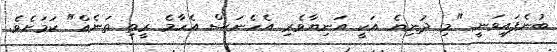
ބުނެފައިވަނީ "މި ދުނިޔެ އަކީ އަނިޔާވެރި އެހެނަސް އެހާމެ ރީތި ތަނެއް" ކަމަށެވެ.